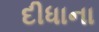
દીધાના